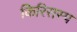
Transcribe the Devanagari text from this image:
किरिसस्प